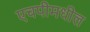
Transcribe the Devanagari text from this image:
एचपीमधील